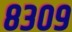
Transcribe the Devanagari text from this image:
८३०९